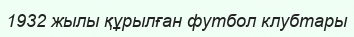
1932 жылы құрылған футбол клубтары